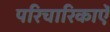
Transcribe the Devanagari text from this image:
परिचारिकाऐं